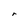
Character: r